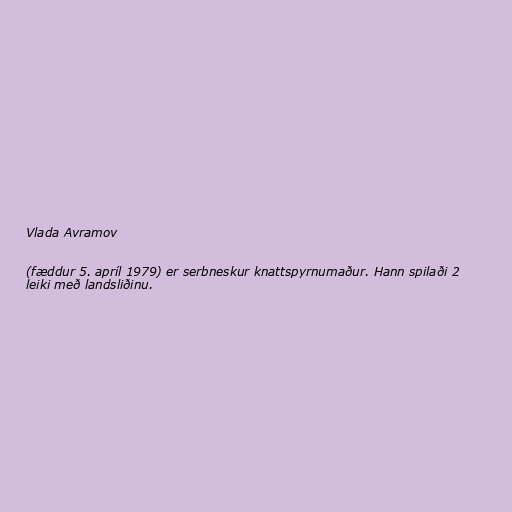
Vlada Avramov

(fæddur 5. apríl 1979) er serbneskur knattspyrnumaður. Hann spilaði 2
leiki með landsliðinu.